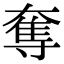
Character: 奪